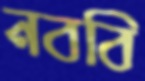
নববি